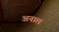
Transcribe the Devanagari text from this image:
अनाल